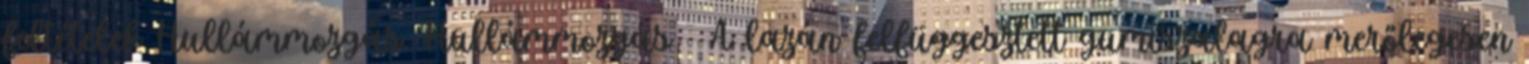
feltételek Hullámmozgás. Hullámmozgás  A lazán felfüggesztett gumiszalagra merőlegesen